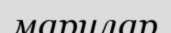
марилар